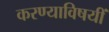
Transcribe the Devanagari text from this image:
करण्याविषयीं